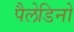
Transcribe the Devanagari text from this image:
पैलेडिनो